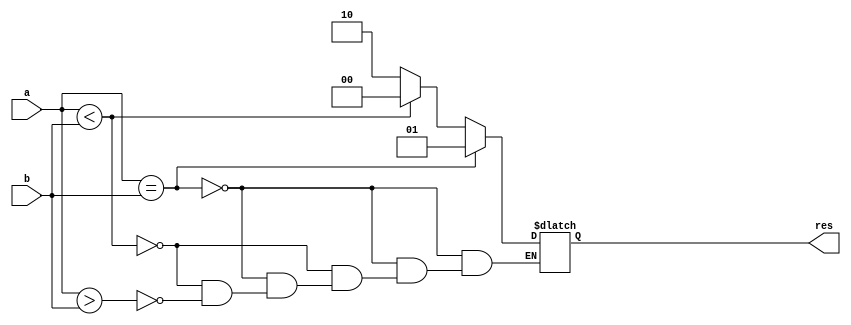
`timescale 1ns / 1ps
module compare(
	 input signed [31:0] a,
	 input signed [31:0] b,
	 output reg [1:0] res
    );
	 always @(*)
		if(a == b) res = 2'b01;
		else if(a < b) res = 2'b00;
		else if(a > b) res = 2'b10;
endmodule